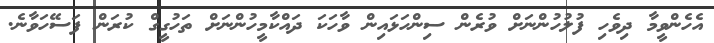
އެހެންވީމާ ދިވެހި ފުލުހުންނަށް ވުރެން ސިންހަޅައިން ވާހަކަ ދައްކާމީހުންނަށް ތަހުގީގް ކުރަން ފަސޭހަވާނެ.